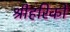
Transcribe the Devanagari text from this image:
श्रीहरिको